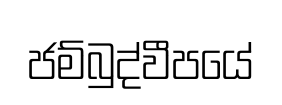
ජම්බුද්වීපයේ